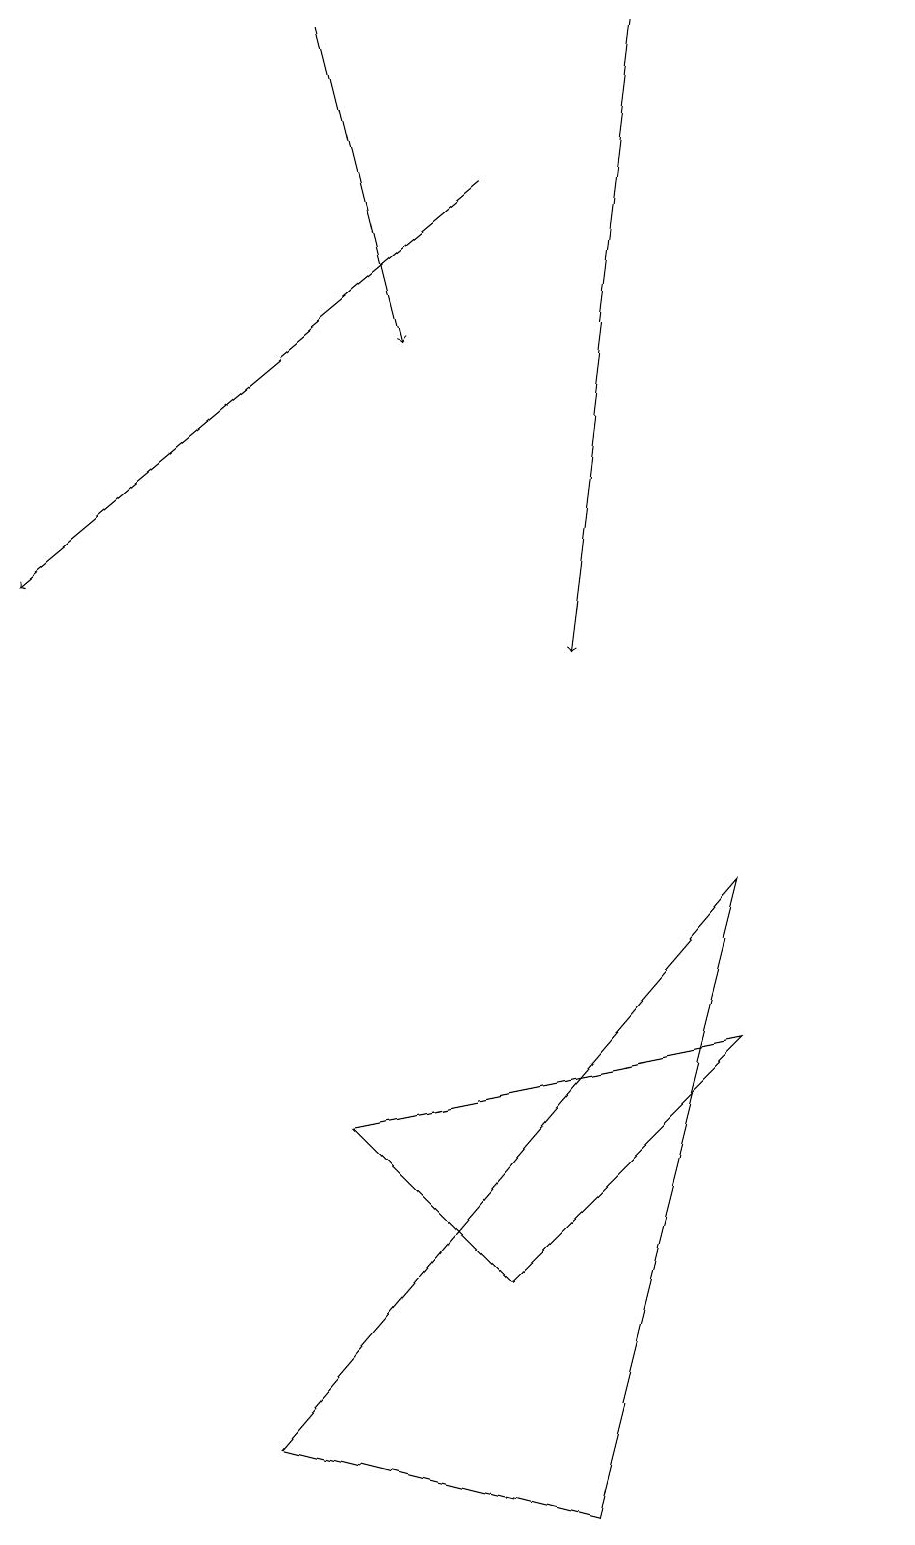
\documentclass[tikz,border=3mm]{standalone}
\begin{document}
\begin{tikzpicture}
\draw[->] (8,19) -- (7,11);
\draw (11,12) circle (0);
\draw[->] (4,19) -- (5,15);
\draw[->] (6,17) -- (0,12);
\draw (4,5) -- (9,6) -- (6,3) -- cycle;
\draw (3,1) -- (9,8) -- (7,0) -- cycle;
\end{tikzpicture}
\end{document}